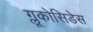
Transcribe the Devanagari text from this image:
ग्लूकोसिडेस